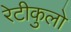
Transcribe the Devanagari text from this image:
रेटीकुलो